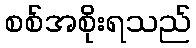
စစ်အစိုးရသည်